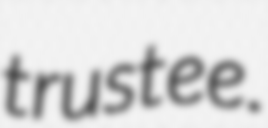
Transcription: trustee.